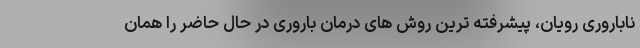
ناباروری رویان، پیشرفته ترین روش های درمان باروری در حال حاضر را همان